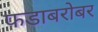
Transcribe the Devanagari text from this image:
फडाबरोबर